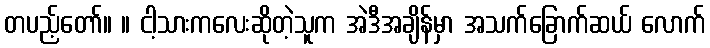
တပည့်တော်။ ။ ငါ့သားကလေးဆိုတဲ့သူက အဲဒီအချိန်မှာ အသက်ခြောက်ဆယ် လောက်